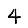
Digit: 4